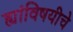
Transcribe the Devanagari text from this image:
ह्यांविषयीचे